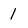
Character: 1